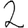
Digit: 2